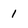
Character: 1